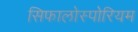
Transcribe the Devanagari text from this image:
सिफालोस्पोरियम